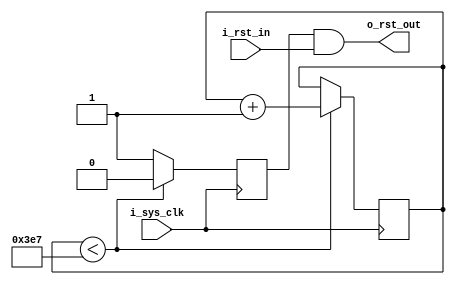
`timescale 1ns / 1ps
//////////////////////////////////////////////////////////////////////////////////
// Company: 
// 
// Design Name: 
// Module Name: RST
// Project Name: 
// Target Devices: 
// Tool Versions: 
// Description: 
// 
// Dependencies: 
// 
// Revision:
// Revision 0.01 - File Created
// Additional Comments:
// 
//////////////////////////////////////////////////////////////////////////////////


//
module start_rst_module
#(
	parameter	RST_TIME_CNT = 'd1_000
)
(
	input	i_sys_clk		,
	input	i_rst_in		,
	
	output	o_rst_out
);
	reg		[15:0]		cnt='d0;
	reg				auto_rst_n;

assign	o_rst_out = auto_rst_n & i_rst_in;

always@(posedge i_sys_clk)begin
	if(cnt<RST_TIME_CNT-'d1)begin
		cnt<=cnt+'d1;
		auto_rst_n<='d0;
	end
	else begin
		cnt<=cnt;
		auto_rst_n<=1'd1;
	end
end

endmodule